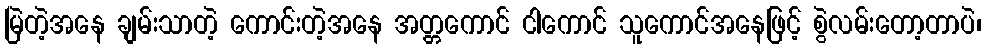
မြဲတဲ့အနေ ချမ်းသာတဲ့ ကောင်းတဲ့အနေ အတ္တကောင် ငါကောင် သူကောင်အနေဖြင့် စွဲလမ်းတော့တာပဲ၊